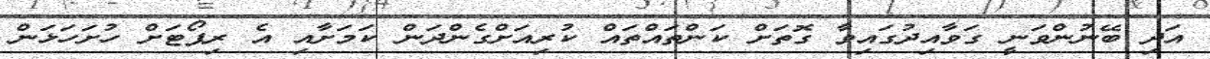
އަދި ބޭނުންވަނީ ގަވާއިދުގައިވާ ގޮތަށް ކަންތައްތައް ކުރިއަށްގެންދަން ކަމަށާއި އެ ރިޕޯޓަށް ހުށަހަޅަން